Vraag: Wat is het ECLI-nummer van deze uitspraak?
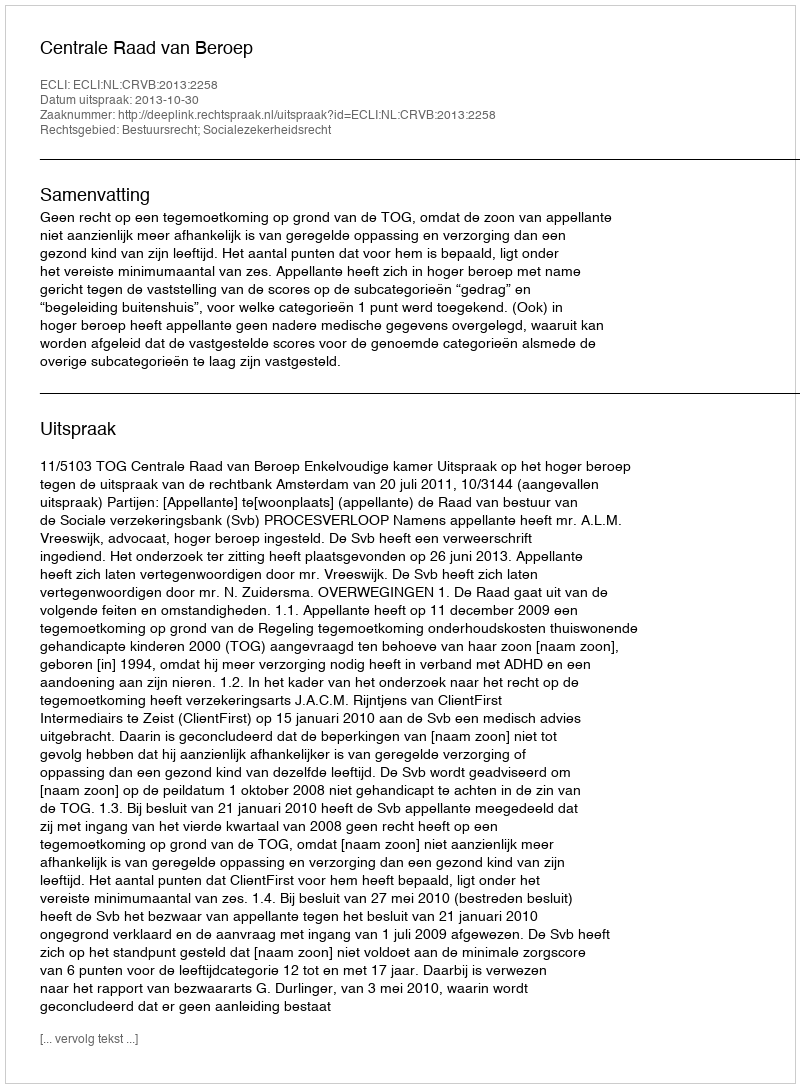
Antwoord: ECLI:NL:CRVB:2013:2258